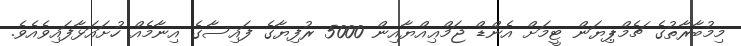
މިމުބާރާތުގެ ޗެމްޕިޔަން ޓީމަށް އެންޑް ޖަމްޢިއްޔާއިން 5000 ރުފިޔާގެ ފައިސާގެ އިނާމެއް ހުށައަޅާފައިވެއެވެ.